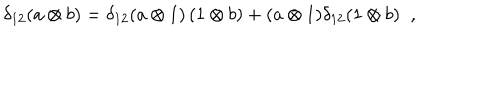
\delta _ { 1 2 } ( a \otimes b ) = \delta _ { 1 2 } ( a \otimes 1 ) \, ( 1 \otimes b ) + ( a \otimes 1 ) \delta _ { 1 2 } ( 1 \otimes b ) \; \; ,